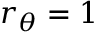
r _ { \theta } = 1